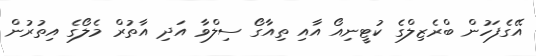
އޭގެފަހުން ބްރެޒިލްގެ ކުޓީނިއޯ އާއި ތިއާގޯ ސިލްވާ އަދި އާތުރް މެލޯގެ އިތުރުން